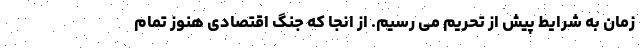
زمان به شرایط پیش از تحریم می رسیم. از انجا که جنگ اقتصادی هنوز تمام